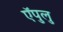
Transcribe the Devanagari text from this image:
ऍपुलु